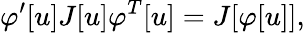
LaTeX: \varphi^{\prime}[u]J[u]\varphi^{T}[u]=J[\varphi[u]],